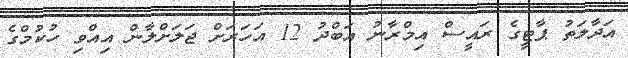
އަދާލަތު ޕާޓީގެ ރައީސް އިމްރާނު އަބްދު 12 އަހަރަށް ޖަލަށްލާން އިއްވި ހުކުމްގެ